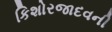
કિશોરજાદવની